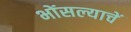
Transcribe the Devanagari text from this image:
भोंसल्याचें